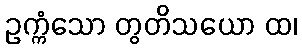
ဥက္ကံသော တွတိသယော ထ၊